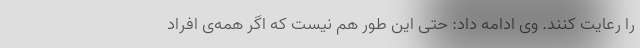
را رعایت کنند. وی ادامه داد: حتی این طور هم نیست که اگر همه‌ی افراد